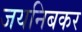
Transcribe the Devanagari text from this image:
जयनिबकर